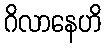
ဂိလာနေဟိ